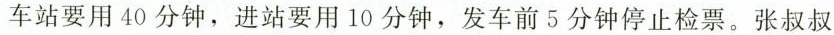
车站要用40分钟，进站要用10分钟，发车前5分钟停止检票。张叔叔